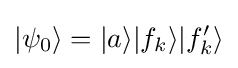
|\psi _{0}\rangle =|a\rangle |f_{k}\rangle |f_{k}'\rangle